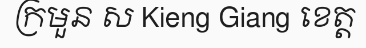
ក្រមួន ស Kieng Giang ខេត្ត